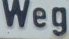
Weg